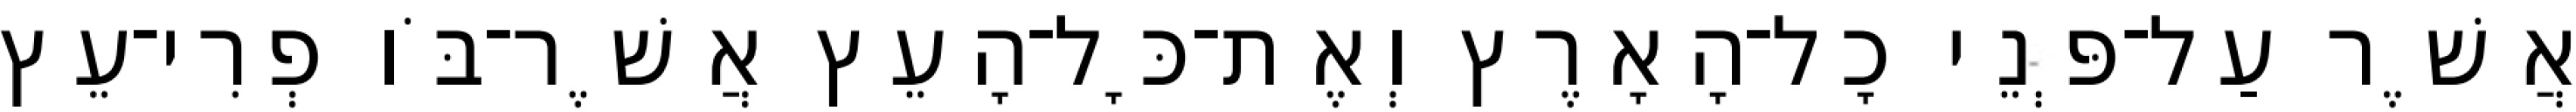
אֲשֶׁר עַל־פְּנֵי כָל־הָאָרֶץ וְאֶת־כָּל־הָעֵץ אֲשֶׁר־בֹּו פְרִי־עֵץ